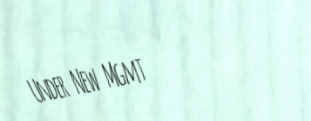
Under New Mgmt